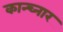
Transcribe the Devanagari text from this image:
कान्च्नार